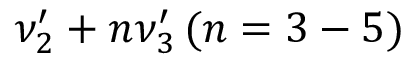
\nu _ { 2 } ^ { \prime } + n \nu _ { 3 } ^ { \prime } \, ( n = 3 - 5 )